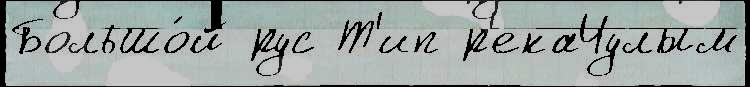
Большо́й рус Т'ип р'екаЧулым